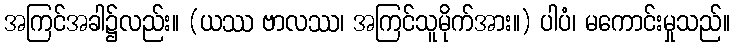
အကြင်အခါ၌လည်း။ (ယဿ ဗာလဿ၊ အကြင်သူမိုက်အား။) ပါပံ၊ မကောင်းမှုသည်။